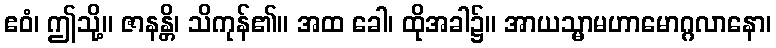
ဧဝံ၊ ဤသို့။ ဇာနန္တိ၊ သိကုန်၏။ အထ ခေါ၊ ထိုအခါ၌။ အာယသ္မာမဟာမောဂ္ဂလာနော၊